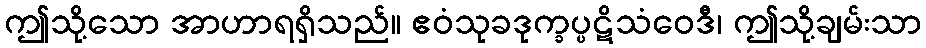
ဤသို့သော အာဟာရရှိသည်။ ဧဝံသုခဒုက္ခပ္ပဋိသံဝေဒီ၊ ဤသို့ချမ်းသာ